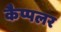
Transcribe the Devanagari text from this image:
कैप्पलर